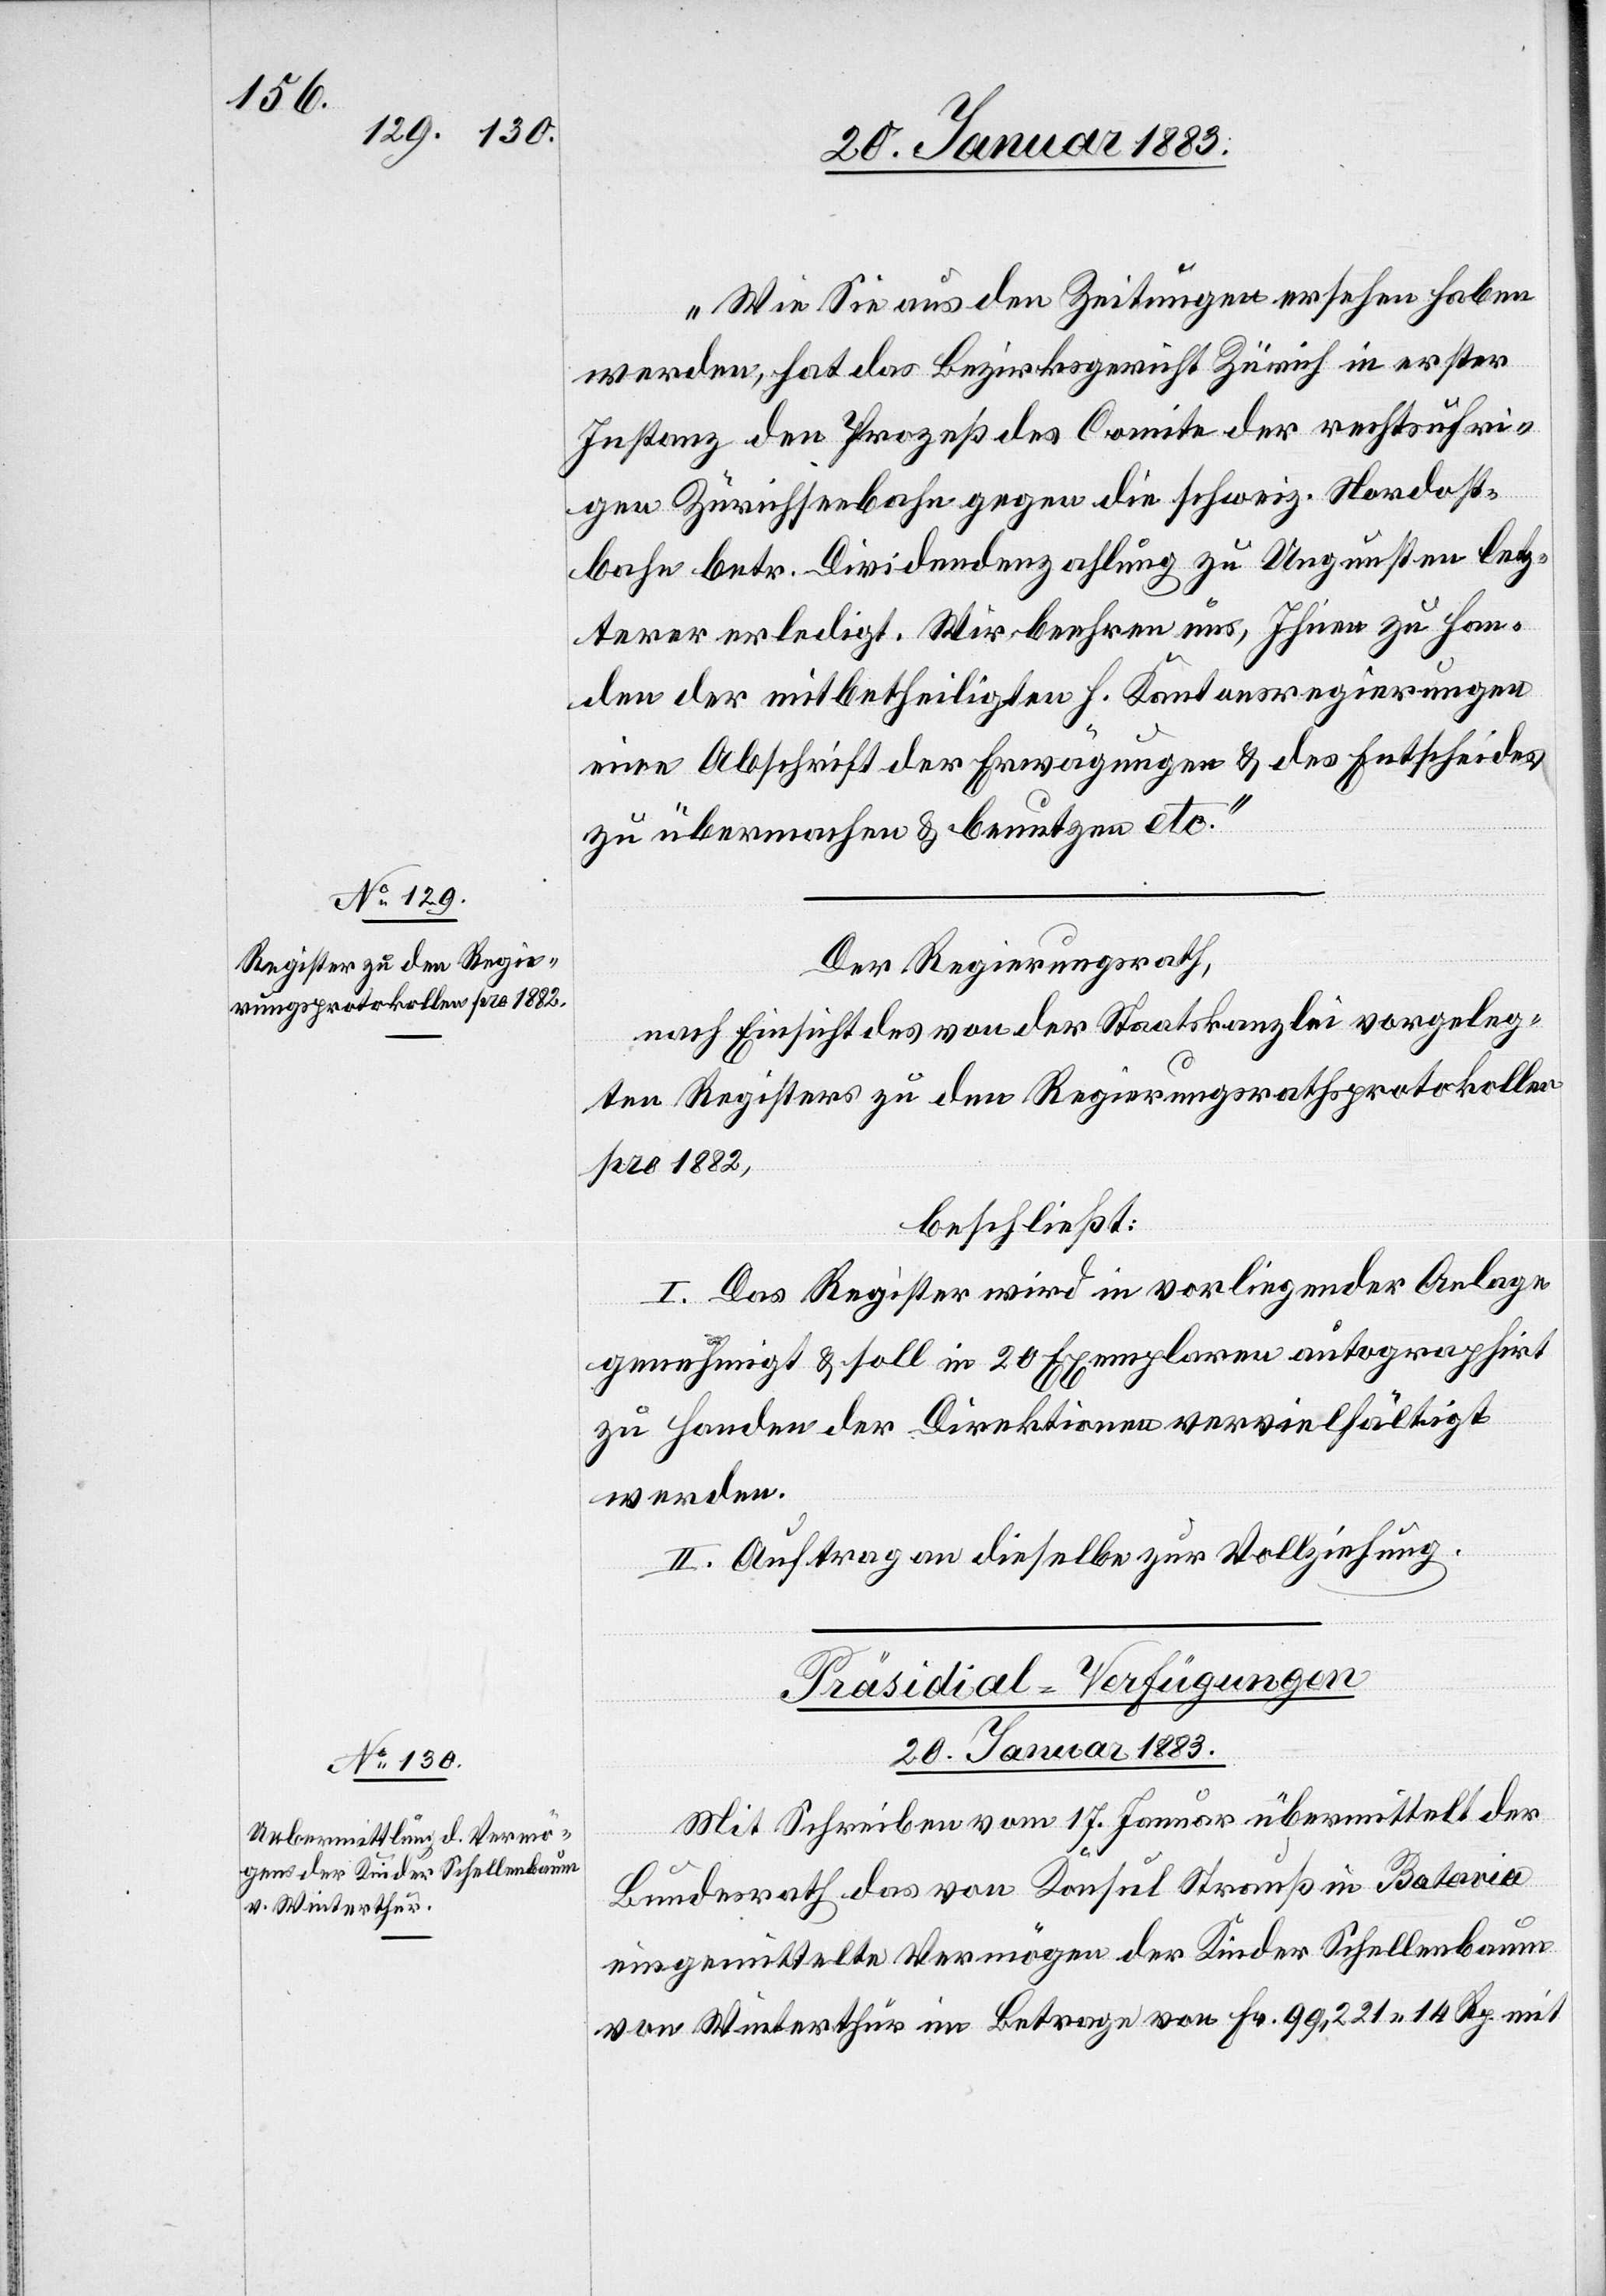
„Wie Sie aus den Zeitungen ersehen haben
werden, hat das Bezirksgericht Zürich in erster
Instanz den Prozeß des Comite der rechtsufri¬
gen Zürichseebahn gegen die schweiz. Nordost¬
bahn betr. Dividendenzahlung zu Ungunsten letz¬
terer erledigt. Wir beehren uns, Ihnen zu Han¬
den der mitbetheiligten h. Kantonsregierungen
eine Abschrift der Erwägungen & des Entscheides
zu übermachen & benutzen etc.“
Der Regierungsrath,
nach Einsicht des von der Staatskanzlei vorgeleg¬
ten Registers zu den Regierungsrathsprotokollen
pro 1882,
beschließt:
I. Das Register wird in vorliegender Anlage
genehmigt & soll in 20 Exemplaren autographirt
zu Handen der Direktionen vervielfältigt
werden.
II. Auftrag an dieselbe zur Vollziehung.
Präsidial-Verfügungen.
20. Januar 1883
Mit Schreiben vom 17. Januar übermittelt der
Bundesrath das von Konsul Strauß in Batavia
eingemittelte Vermögen der Kinder Schellenbaum
von Winterthur im Betrage von Fr. 99,221 14 Rp. mit